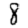
Digit: 8